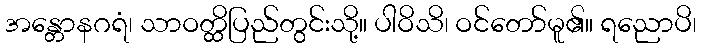
အန္တောနဂရံ၊ သာဝတ္ထိပြည်တွင်းသို့။ ပါဝိသိ၊ ဝင်တော်မူ၏။ ရညောပိ၊